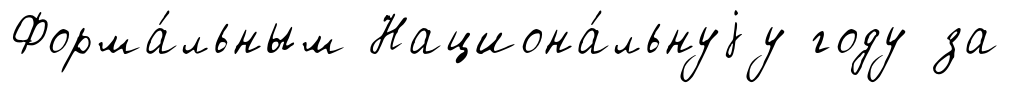
Форма́льным Национа́льнуjу году за